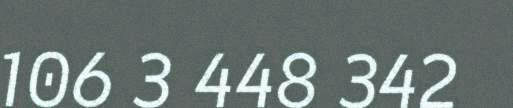
106 3 448 342